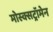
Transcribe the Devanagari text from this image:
मोस्क्सट्रॉमेन